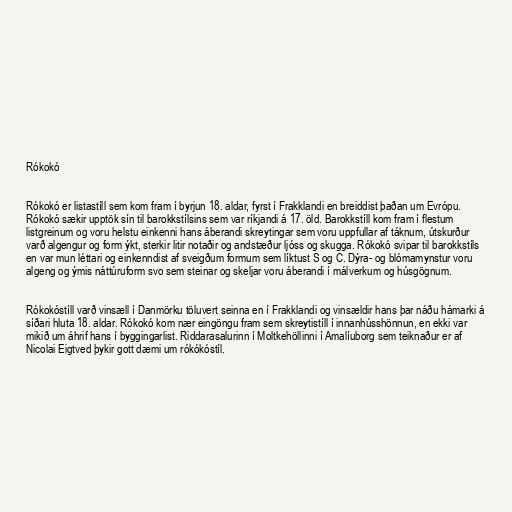
Rókokó

Rókokó er listastíll sem kom fram í byrjun 18. aldar, fyrst í Frakklandi en breiddist þaðan um Evrópu.
Rókokó sækir upptök sín til barokkstílsins sem var ríkjandi á 17. öld. Barokkstíll kom fram í flestum
listgreinum og voru helstu einkenni hans áberandi skreytingar sem voru uppfullar af táknum, útskurður
varð algengur og form ýkt, sterkir litir notaðir og andstæður ljóss og skugga. Rókokó svipar til barokkstíls
en var mun léttari og einkenndist af sveigðum formum sem líktust S og C. Dýra- og blómamynstur voru
algeng og ýmis náttúruform svo sem steinar og skeljar voru áberandi í málverkum og húsgögnum.

Rókokóstíll varð vinsæll í Danmörku töluvert seinna en í Frakklandi og vinsældir hans þar náðu hámarki á
síðari hluta 18. aldar. Rókokó kom nær eingöngu fram sem skreytistíll í innanhússhönnun, en ekki var
mikið um áhrif hans í byggingarlist. Riddarasalurinn í Moltkehöllinni í Amalíuborg sem teiknaður er af
Nicolai Eigtved þykir gott dæmi um rókókóstíl.